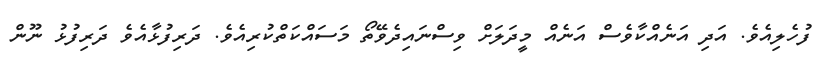
ފުހެލިއެވެ. އަދި އަނެއްކާވެސް އަނެއް މީދަލަށް ވިސްނައިދެވޭތޯ މަސައްކަތްކުރިއެވެ. ދަރިފުޅާއެވެ ދަރިފުޅު ނޫން